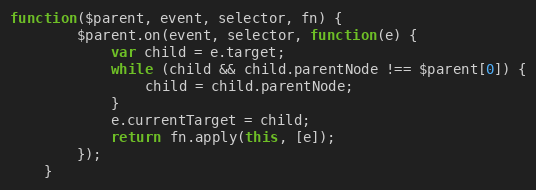
Language: JavaScript
function($parent, event, selector, fn) {
		$parent.on(event, selector, function(e) {
			var child = e.target;
			while (child && child.parentNode !== $parent[0]) {
				child = child.parentNode;
			}
			e.currentTarget = child;
			return fn.apply(this, [e]);
		});
	}